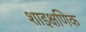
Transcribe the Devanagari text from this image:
शाइक्षणिक